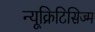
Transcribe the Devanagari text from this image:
न्यूक्रिटिसिज्म